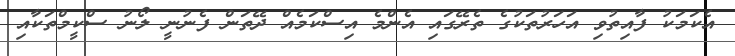
އެކަމަކު ފާއިތުވި އަހަރުތަކުގެ ތެރޭގައި އެންމެ އިސްކަމެއް ދޭތަން ފެނުނީ ލޯނު ސްކީމްތަކާއި